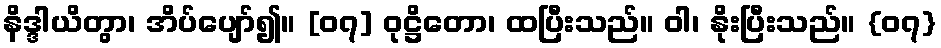
နိဒ္ဒါယိတွာ၊ အိပ်ပျော်၍။ [၀၇] ဝုဋ္ဌိတော၊ ထပြီးသည်။ ဝါ၊ နိုးပြီးသည်။ {၀၇}